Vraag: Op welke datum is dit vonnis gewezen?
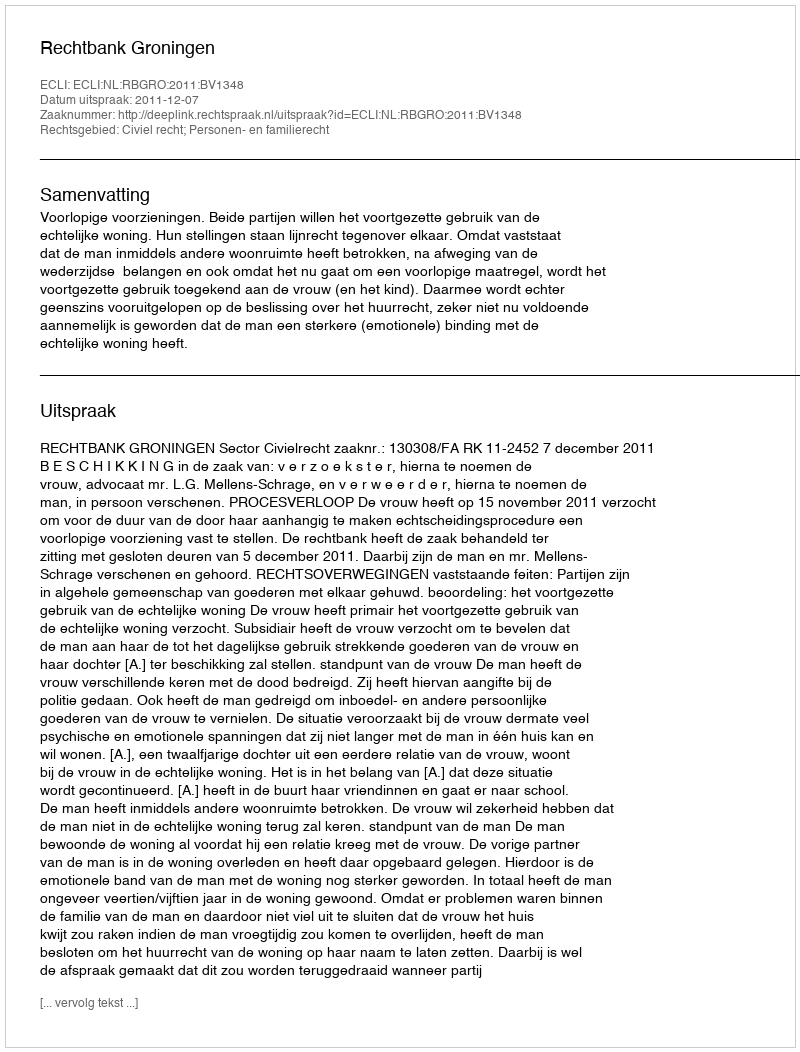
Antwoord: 2011-12-07